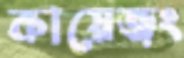
কায়েজং